Report on vaccination in Madras 1895-1903 - 1895-1903
Year: 1895
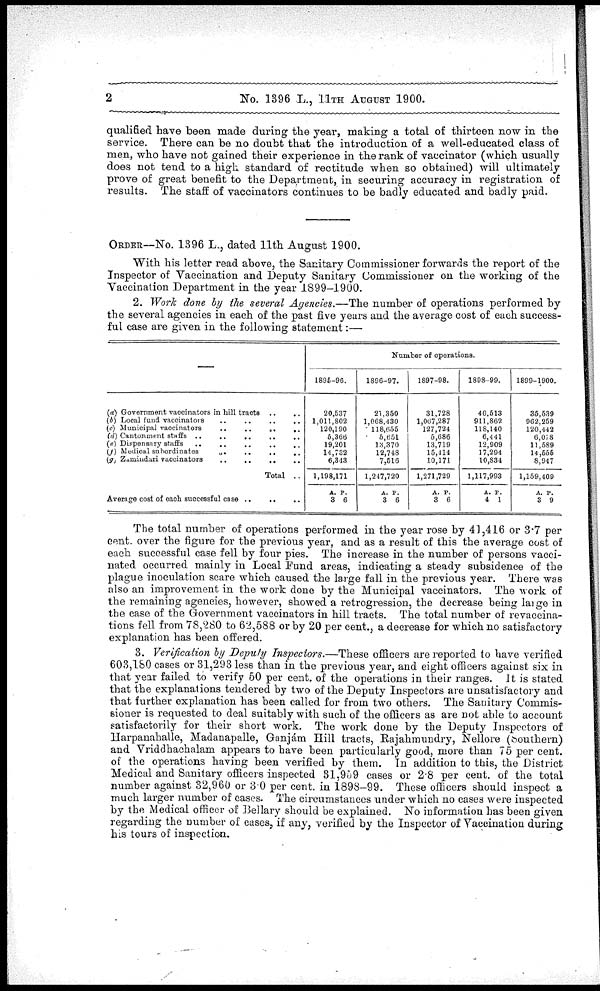
2
No. 1396 L., 11TH AUGUST 1900.
qualified have been made during the year, making a total of thirteen now in the
service. There can be no doubt that the introduction of a well-educated class of
men, who have not gained their experience in the rank of vaccinator (which usually
does not tend to a high standard of rectitude when so obtained) will ultimately
prove of great benefit to the Department, in securing accuracy in registration of
results. The staff of vaccinators continues to be badly educated and badly paid.
ORDER—No. 1396 L., dated 11th August 1900.
With his letter read above, the Sanitary Commissioner forwards the report of the
Inspector of Vaccination and Deputy Sanitary Commissioner on the working of the
Vaccination Department in the year 1899-1900.
2. Work done by the several Agencies.—The number of operations performed by
the several agencies in each of the past five years and the average cost of each success-
ful case are given in the following statement:—
—
(a) Government vaccinators in hill tracts ..
..
(b) Local fund vaccinators .. .. .. ..
(c) Municipal vaccinators .. .. .. ..
(d) Cantonment staffs .. .. .. .. ..
(e) Dispensary staff .. .. .. .. ..
(f) Medical subordinates .. .. .. ..
(g) Zumindari vaccinators .. .. .. ..
Total ..
Average cost of each successful case .. .. ..
Number of operations.
1896-96.
20,537
1,011,802
120,190
5,366
19,201
14 732
6,343
1,198,171
A.
3
P.
6
1896-97.
21,350
1,068,430
118,655
5,651
13,370
12,748
7,516
1,247,720
A.
3
P.
6
1897-98.
31,728
1,067,287
127,724
5,686
13,719
15,414
10,171
1,271,729
A.
3
P.
6
1898-99.
40,513
911,862
118,140
6,441
12,909
17,294
10,834
1,117,993
A.
4
P.
1
1899-1900.
35,539
962,259
120,442
6,078
11,589
14,555
8,947
1,159,409
A.
3
P.
9
The total number of operations performed in the year rose by 41,416 or 3.7 per
cent. over the figure for the previous year, and as a result of this the average cost of
each successful case fell by four pies. The increase in the number of persons vacci-
nated occurred mainly in Local Fund areas, indicating a steady subsidence of the
plague inoculation scare which caused the large fall in the previous year. There was
also an improvement in the work done by the Municipal vaccinators. The work of
the remaining agencies, however, showed a retrogression, the decrease being large in
the case of the Government vaccinators in hill tracts. The total number of revaccina-
tions fell from 78,280 to 62,588 or by 20 per cent., a decrease for which no satisfactory
explanation has been offered.
3. Verification by Deputy Inspectors.—These officers are reported to have verified
603,180 cases or 31,293 less than in the previous year, and eight officers against six in
that year failed to verify 50 per cent. of the operations in their ranges. It is stated
that the explanations tendered by two of the Deputy Inspectors are unsatisfactory and
that further explanation has been called for from two others. The Sanitary Commis-
sioner is requested to deal suitably with such of the officers as are not able to account
satisfactorily for their short work. The work done by the Deputy Inspectors of
Harpanahalle, Madanapalle, Ganjám Hill tracts, Rajahmundry, Nellore (Southern)
and Vriddhachalam appears to have been particularly good, more than 75 per cent.
of the operations having been verified by them. In addition to this, the District
Medical and Sanitary officers inspected 31,959 cases or 2.8 per cent. of the total
number against 32,960 or 3.0 per cent. in 1898-99. These officers should inspect a
much larger number of cases. The circumstances under which no cases were inspected
by the Medical officer of Bellary should be explained. No information has been given
regarding the number of cases, if any, verified by the Inspector of Vaccination during
his tours of inspection.